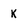
Character: K